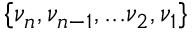
\{ \nu _ { n } , \nu _ { n - 1 } , . . . \nu _ { 2 } , \nu _ { 1 } \}